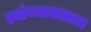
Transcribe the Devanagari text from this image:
त्यांच्यातलाच